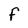
Character: F